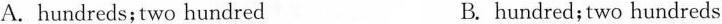
A.hundreds;two hundred B. hundred;two hundreds